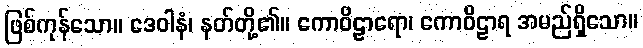
ဖြစ်ကုန်သော။ ဒေဝါနံ၊ နတ်တို့၏။ ကောဝိဠာရော၊ ကောဝိဠာရ အမည်ရှိသော။